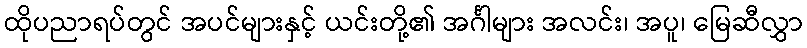
ထိုပညာရပ်တွင် အပင်များနှင့် ယင်းတို့၏ အင်္ဂါများ အလင်း၊ အပူ၊ မြေဆီလွှာ